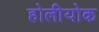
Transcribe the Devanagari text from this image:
होलीयोक